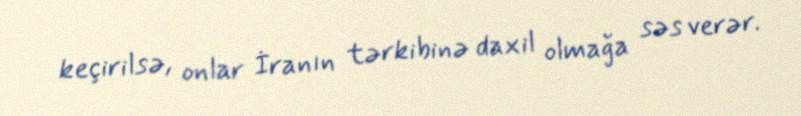
keçirilsə, onlar İranın tərkibinə daxil olmağa səs verər.